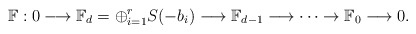
\begin{align*}\mathbb{F}: 0 \longrightarrow \mathbb{F}_d=\oplus_{i=1}^rS(-b_i) \longrightarrow \mathbb{F}_{d-1}\longrightarrow \cdots \rightarrow \mathbb{F}_0 \longrightarrow 0.\end{align*}